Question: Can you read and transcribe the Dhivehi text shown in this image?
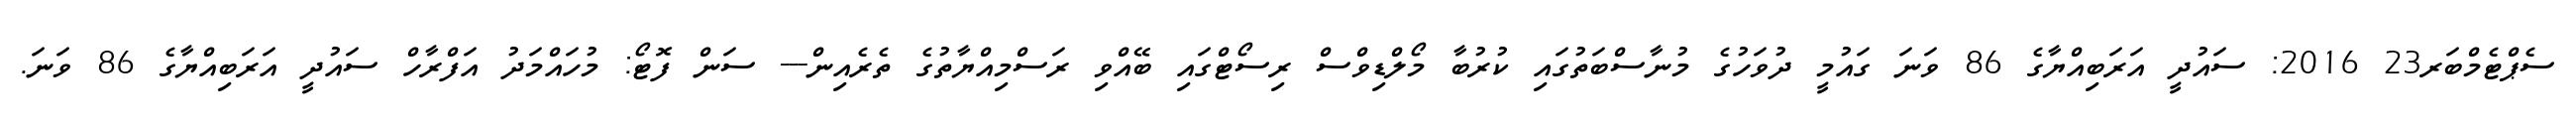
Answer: ސެޕްޓެމްބަރ23 2016: ސައުދީ އަރަބިއްޔާގެ 86 ވަނަ ގައުމީ ދުވަހުގެ މުނާސްބަތުގައި ކުރުބާ މޯލްޑިވްސް ރިސޯޓްގައި ބޭއްވި ރަސްމިއްޔާތުގެ ތެރެއިން--- ސަން ފޮޓޯ: މުހައްމަދު އަފްރާހް ސައުދީ އަރަބިއްޔާގެ 86 ވަނަ.